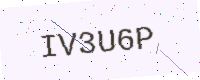
Text: IV3U6P